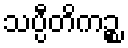
သပ္ပီတိကဉ္စ